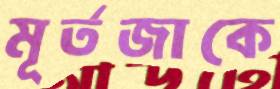
মূর্তজাকে